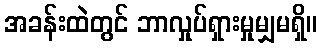
အခန်းထဲတွင် ဘာလှုပ်ရှားမှုမျှမရှိ။